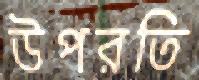
উপরতি